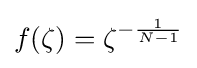
f(\zeta )=\zeta ^{-{\frac {1}{N-1}}}